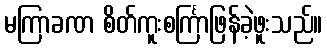
မကြာခဏ စိတ်ကူးစင်္ကြာဖြန်ခဲ့ဖူးသည်။